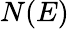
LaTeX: N(E)